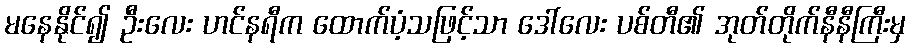
မနေနိုင်၍ ဦးလေး ဟင်နရီက ထောက်ပံ့သဖြင့်သာ ဒေါ်လေး ပစ်တီ၏ အုတ်တိုက်နီနီကြီးမှ